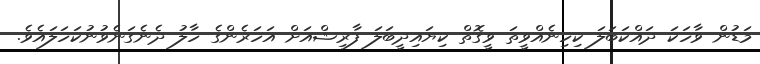
މަޑުން ވާހަކަ ދައްކަބަލަ ކިހިނެއްވީތަ ވީގޮތް ކިޔައިދީބަލަ ފާރިޝްއަށް އަހަރެންގެ ހާލު ދެނެގަނެވުނުކަހަލައެވެ.